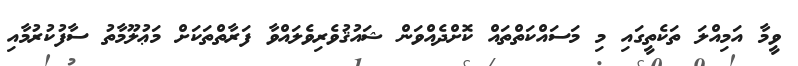
ވީމާ އަމިއްލަ ތަކެތީގައި މި މަސައްކަތްތައް ކޮށްދެއްވަން ޝައުޤުވެރިވެލައްވާ ފަރާތްތަކަށް މަޢުލޫމާތު ސާފުކުރުމާއި